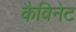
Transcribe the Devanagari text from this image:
कैविनेट